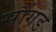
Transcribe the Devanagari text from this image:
सौंगडे